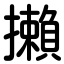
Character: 攋